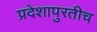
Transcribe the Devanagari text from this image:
प्रदेशापुरतीच